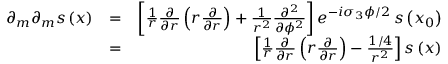
\begin{array} { r l r } { \partial _ { m } \partial _ { m } s \left( \boldsymbol { x } \right) } & { = } & { \left[ \frac { 1 } { r } \frac { \partial } { \partial r } \left( r \frac { \partial } { \partial r } \right) + \frac { 1 } { r ^ { 2 } } \frac { \partial ^ { 2 } } { \partial \phi ^ { 2 } } \right] e ^ { - i \sigma _ { 3 } \phi / 2 } \, s \left( \boldsymbol { x } _ { 0 } \right) } \\ & { = } & { \left[ \frac { 1 } { r } \frac { \partial } { \partial r } \left( r \frac { \partial } { \partial r } \right) - \frac { 1 / 4 } { r ^ { 2 } } \right] s \left( \boldsymbol { x } \right) } \end{array}